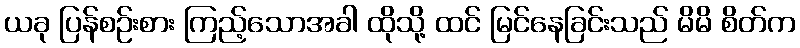
ယခု ပြန်စဉ်းစား ကြည့်သောအခါ ထိုသို့ ထင် မြင်နေခြင်းသည် မိမိ စိတ်က